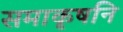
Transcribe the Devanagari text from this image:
समाकृषनि